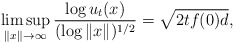
\begin{align*}\limsup_{\|x\|\to\infty} \frac{\log u_t(x)}{(\log\|x\|)^{1/2}}=\sqrt{2tf(0)d},\end{align*}